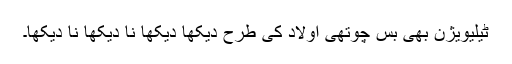
ٹیلیویژن بھی بس چوتھی اولاد کی طرح دیکھا دیکھا نا دیکھا نا دیکھا۔